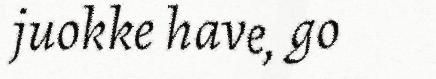
juokke have, go